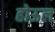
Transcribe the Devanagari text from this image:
होऊल